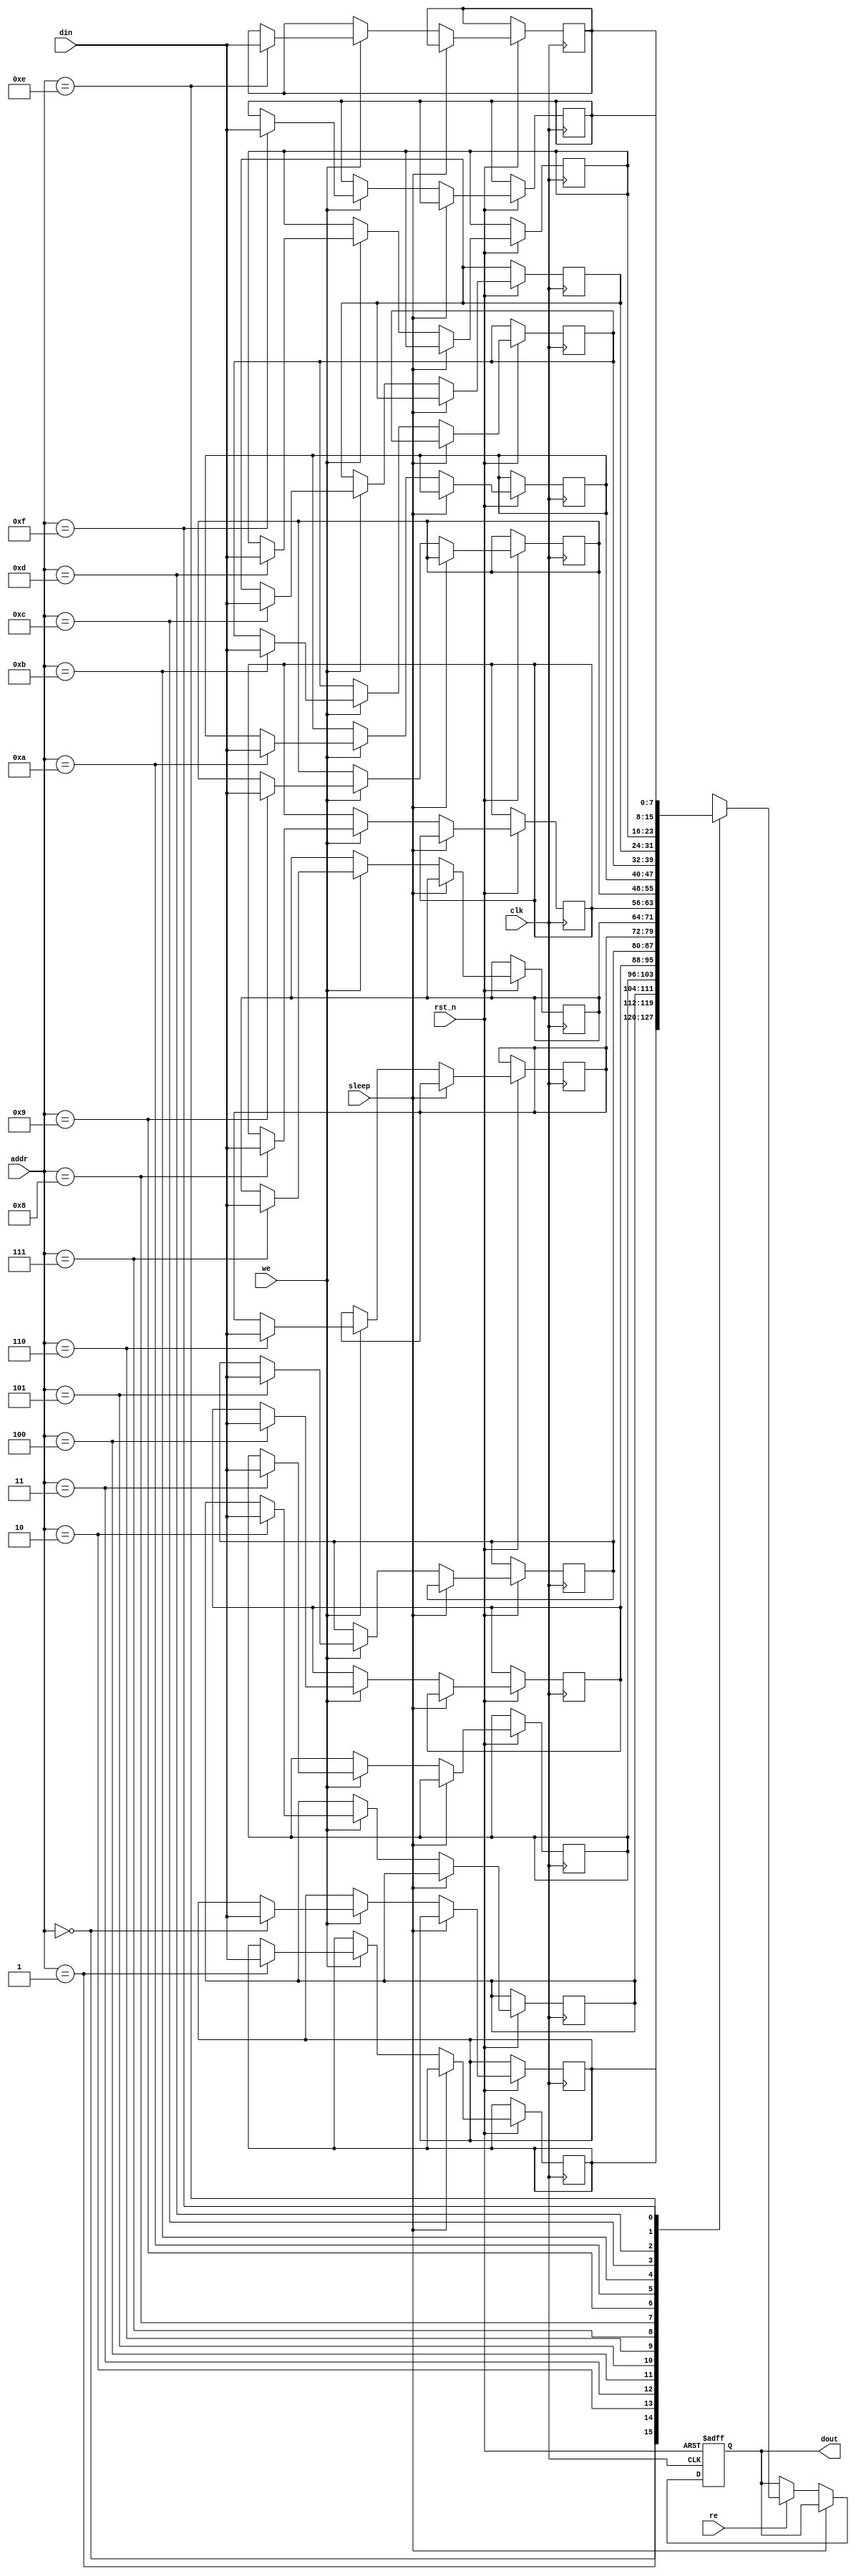
module low_power_sram #(
    parameter DATA_WIDTH = 8,   // Width of data bus
    parameter ADDR_WIDTH = 4,    // Address width (16 locations)
    parameter MEMORY_SIZE = 1 << ADDR_WIDTH // Memory size
) (
    input wire clk,              // Clock signal
    input wire rst_n,            // Active low reset
    input wire [ADDR_WIDTH-1:0] addr, // Address input
    input wire [DATA_WIDTH-1:0] din,  // Data input
    input wire we,               // Write enable
    input wire re,               // Read enable
    output reg [DATA_WIDTH-1:0] dout, // Data output
    input wire sleep             // Sleep mode control
);

    // Memory array
    reg [DATA_WIDTH-1:0] mem [0:MEMORY_SIZE-1];

    // Control logic
    always @(posedge clk or negedge rst_n) begin
        if (!rst_n) begin
            dout <= 0; // Reset output
        end else if (!sleep) begin
            if (we) begin
                // Write operation
                mem[addr] <= din;
            end
            if (re) begin
                // Read operation
                dout <= mem[addr];
            end
        end
    end

    // Sleep mode handling
    always @(posedge clk or negedge rst_n) begin
        if (!rst_n) begin
            // Reset logic for sleep mode
        end else if (sleep) begin
            // Logic to enter low-power state
            // In sleep mode, we can disable clock to memory or 
            // set up memory cells to low-power state.
        end
    end

endmodule